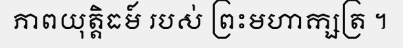
ភាពយុត្តិធម៍ របស់ ព្រះមហាក្សត្រ ។